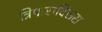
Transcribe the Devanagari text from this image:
त्रिपारादिसस